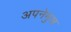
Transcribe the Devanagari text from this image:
अपनेमुख